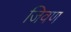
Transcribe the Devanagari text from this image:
जिवण